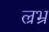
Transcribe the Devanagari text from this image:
ल्रभ्र